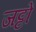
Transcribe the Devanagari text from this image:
जट्टों